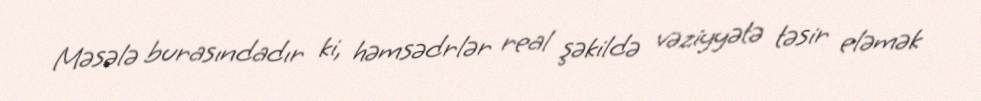
Məsələ burasındadır ki, həmsədrlər real şəkildə vəziyyətə təsir eləmək